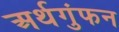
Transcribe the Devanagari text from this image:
अर्थगुंफन